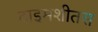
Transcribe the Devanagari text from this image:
दाइमशीतस